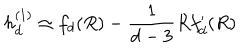
h _ { d } ^ { ( 1 ) } \simeq f _ { d } ( R ) - \frac { 1 } { d - 3 } R f _ { d } ^ { \prime } ( R )